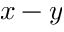
x - y